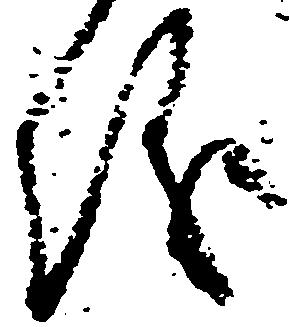
儀